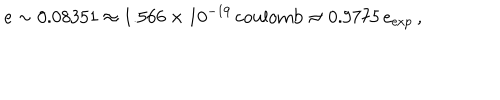
LaTeX: e \sim 0 . 0 8 3 5 1 \approx 1 . 5 6 6 \times 1 0 ^ { - 1 9 } \, \mathrm { c o u l o m b } \approx 0 . 9 7 7 5 \, e _ { \mathrm { e x p } } \, ,